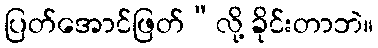
ပြတ်အောင်ဖြတ်”လို့ ခိုင်းတာဘဲ။